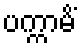
ပက္ကာမိံ